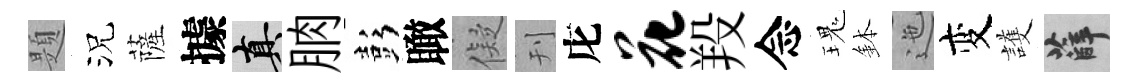
題況薩據真朒彭瞰儗刊庀花羖念瑰鉢迤变護薛